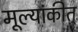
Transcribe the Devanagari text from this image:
मूल्यांकीत